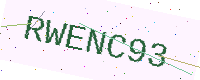
Text: RWENC93